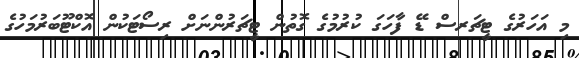
މި އަހަރުގެ ޓީޗަރސް ޑޭ ފާހަގަ ކުރުމުގެ ގޮތުން ޓީޗަރުންނަށް ރިސޯޓަކުން އޮކްޓޫބަރުމަހުގެ